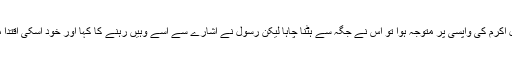
جب عبد الرحمن رسول اکرمؐ کی واپسی پر متوجہ ہوا تو اس نے جگہ سے ہٹنا چاہا لیکن رسول نے اشارے سے اسے وہیں رہنے کا کہا اور خود اسکی اقتدا میں ایک رکعت پڑھی۔